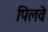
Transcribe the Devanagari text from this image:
पिलवे